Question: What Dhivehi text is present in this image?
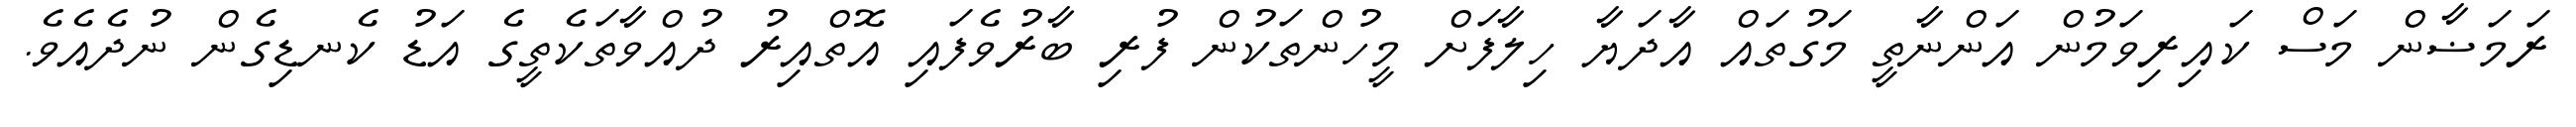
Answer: ރަމަޟާން މަސް ކައިރިވަމުން އަންނާތީ މަގުތައް އާދަޔާ ހިލާފަށް މީހުންތަކުން ފުރި ބާރުވެފައި އޮތްއިރު ދުއްވާތަކެތީގެ އަޑު ކެނޑިގެން ނުދެއެވެ.